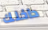
داخلك